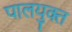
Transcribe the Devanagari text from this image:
पालयुक्त